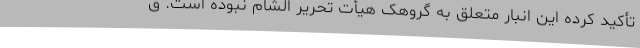
تأکید کرده این انبار متعلق به گروهک هیأت تحریر الشام نبوده است. ق